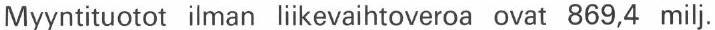
Myyntituotot ilman liikevaihtoveroa ovat 869,4 milj.